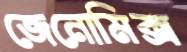
জেনোমিক্স